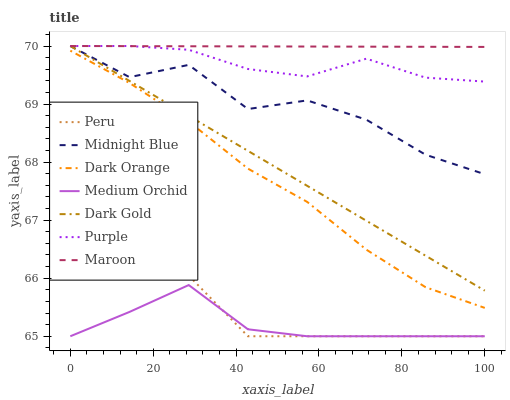
| xaxis_label | Peru | Midnight Blue | Dark Orange | Medium Orchid | Dark Gold | Purple | Maroon |
 | --- | --- | --- | --- | --- | --- | --- | --- |
 | 0 | 66.5 | 70 | 69.9 | 65 | 70 | 70 | 70 |
 | 14.3 | 66.6 | 69.5 | 69.4 | 65.4 | 69.4 | 70 | 70 |
 | 28.6 | 66 | 69.7 | 68.7 | 65.9 | 68.8 | 69.9 | 70 |
 | 42.9 | 65 | 68.9 | 67.9 | 65.1 | 68.2 | 69.6 | 70 |
 | 57.1 | 65 | 69.1 | 67.3 | 65 | 67.6 | 69.5 | 70 |
 | 71.4 | 65 | 68.7 | 66.5 | 65 | 67 | 69.8 | 70 |
 | 85.7 | 65 | 68.1 | 65.8 | 65 | 66.4 | 69.5 | 70 |
 | 100 | 65 | 67.8 | 65.5 | 65 | 65.8 | 69.4 | 70 |